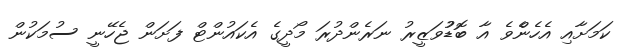
ކަމަށާއި އެހެންެވެ އާ ބޮޑުުވަޒީރު ނަރެންދުރަ މޯދީގެ އެކައުންޓް ފަށަން ޖެހޭނީ ސުމަކުން